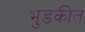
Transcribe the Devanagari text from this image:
भुडकीत